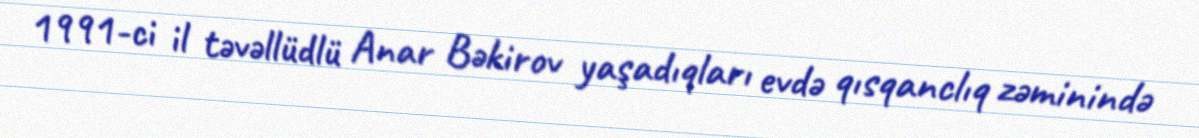
1991-ci il təvəllüdlü Anar Bəkirov yaşadıqları evdə qısqanclıq zəminində